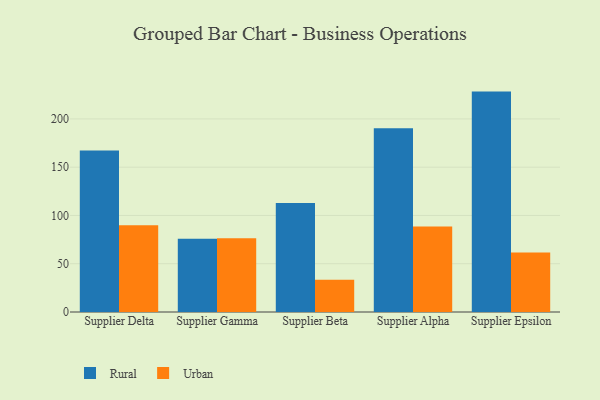
{"axis": {"x": "Supplier", "y": "Conversion Rate (%)"}, "legend": ["Rural", "Urban"], "data": [{"x": "Supplier Delta", "y": 167.4, "type": "Rural"}, {"x": "Supplier Delta", "y": 89.9, "type": "Urban"}, {"x": "Supplier Gamma", "y": 75.8, "type": "Rural"}, {"x": "Supplier Gamma", "y": 76.3, "type": "Urban"}, {"x": "Supplier Beta", "y": 113.0, "type": "Rural"}, {"x": "Supplier Beta", "y": 33.4, "type": "Urban"}, {"x": "Supplier Alpha", "y": 190.4, "type": "Rural"}, {"x": "Supplier Alpha", "y": 88.6, "type": "Urban"}, {"x": "Supplier Epsilon", "y": 228.3, "type": "Rural"}, {"x": "Supplier Epsilon", "y": 61.7, "type": "Urban"}]}